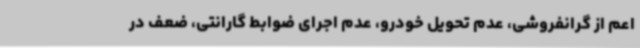
اعم از گرانفروشی، عدم تحویل خودرو، عدم اجرای ضوابط گارانتی، ضعف در